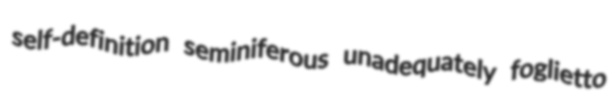
self-definition seminiferous unadequately foglietto